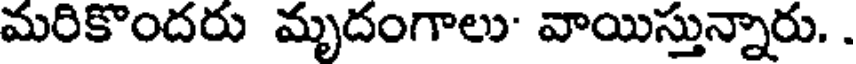
మరికొందరు మృదంగాలు' వాయిస్తున్నారు. .